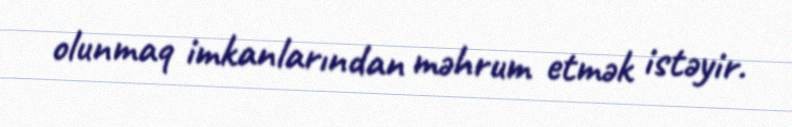
olunmaq imkanlarından məhrum etmək istəyir.